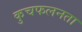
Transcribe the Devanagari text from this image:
कुचफलनता